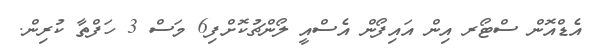
އެޑްއޮން ސްޓޯރ އިން އައިފޯން އެސްއީ ލޯންޗުކޮށްފި6 މަސް 3 ހަފްތާ ކުރިން.